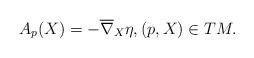
LaTeX: \begin{align*}A_p(X) = - \overline{\nabla}_X \eta, (p, X) \in TM.\end{align*}